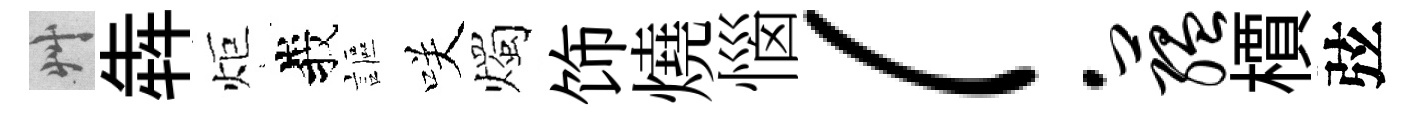
艸犇炬峩謳咲燭饰燒惱！蕴檟弦